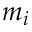
m _ { i }